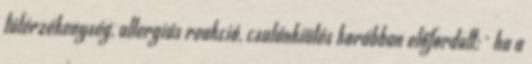
túlérzékenység, allergiás reakció, csalánkiütés korábban elő­fordult; · ha a